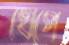
খেপে